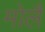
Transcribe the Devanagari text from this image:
मोलै